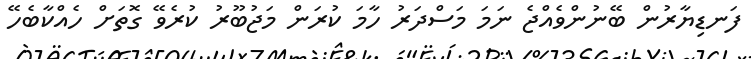
ފަނޑިޔާރުން ބޭނުންވެއްޖެ ނަމަ މަސްދަރު ހާމަ ކުރަން މަޖުބޫރު ކުރެވޭ ގޮތަށް ހެއްކާބެހޭ